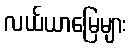
လယ်ယာမြေများ